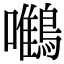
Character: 𪄼